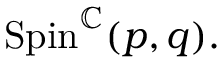
\mathrm { S p i n } ^ { \mathbb { C } } ( p , q ) .